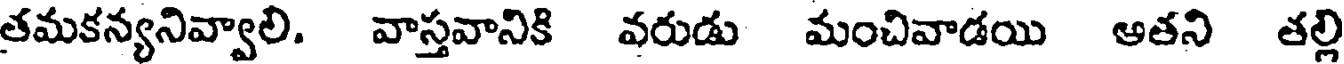
తమకన్యనివ్వాలి. వాస్తవానికి వరుడు మంచివాడయి అతని తల్లి